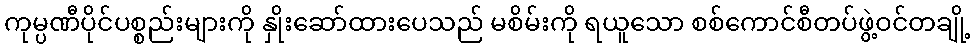
ကုမ္ပဏီပိုင်ပစ္စည်းများကို နှိုးဆော်ထားပေသည် မစိမ်းကို ရယူသော စစ်ကောင်စီတပ်ဖွဲ့ဝင်တချို့